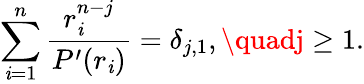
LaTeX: \sum_{\mathit{i}=1}^{n}{\frac{{r_{\mathit{i}}^{n-j}}}{{P^{\prime}(r_{\mathit{i}})}}}=\delta_{j,1},\quadj\geq1.